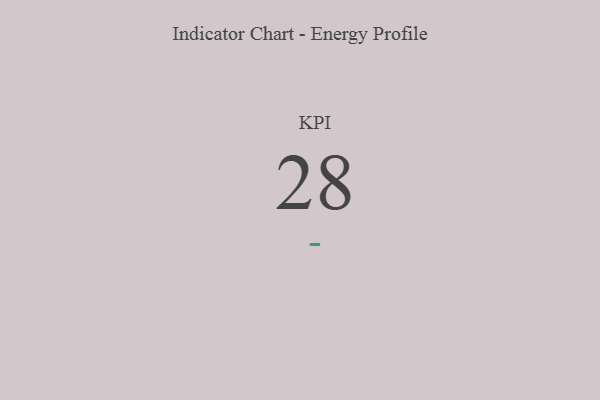
{"axis": {"x": "KPI", "y": "Value"}, "legend": [""], "data": [{"x": "KPI", "y": 28, "type": ""}]}